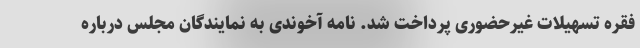
فقره تسهیلات غیرحضوری پرداخت شد. نامه آخوندی به نمایندگان مجلس درباره